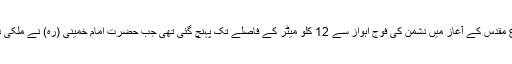
رہبر معظم انقلاب اسلامی نے فرمایا: دفاع مقدس کے آغاز میں دشمن کی فوج اہواز سے 12 کلو میٹر کے فاصلے تک پہنچ گئی تھی جب حضرت امام خمینی (رہ) نے ملکی دفاع کے سلسلے میں آواز بلند کی تو فوج ۔